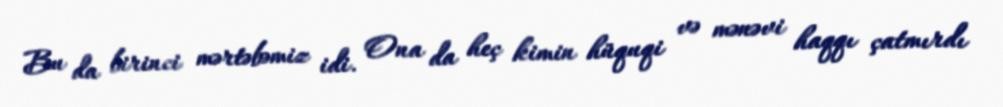
Bu da birinci mərtəbəmiz idi. Ona da heç kimin hüquqi və mənəvi haqqı çatmırdı